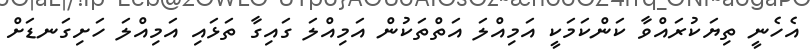
އެހެނީ ތިޔަކުރައްވާ ކަންކަމަކީ އަމިއްލަ އަތްތަކުން އަމިއްލަ ގައިގާ ތަޅައި އަމިއްލަ ހަށިގަނޑަށް